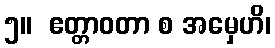
၅။  ဧတ္တာဝတာ စ အမှေဟိ၊